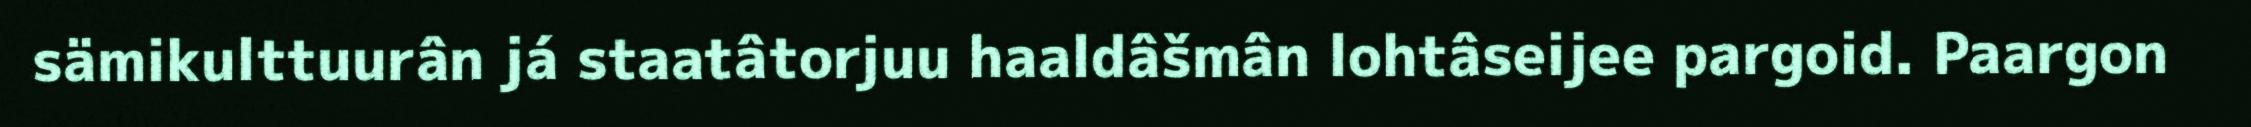
sämikulttuurân já staatâtorjuu haaldâšmân lohtâseijee pargoid. Paargon